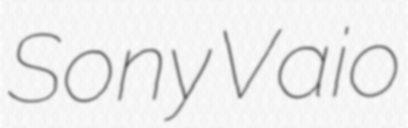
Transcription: Sony Vaio